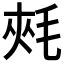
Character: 𣭶